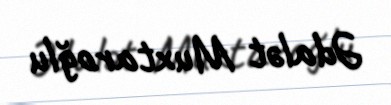
Ədalət Muxtaroğlu